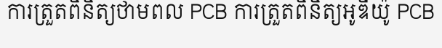
ការត្រួតពិនិត្យថាមពល PCB ការត្រួតពិនិត្យអូឌីយ៉ូ PCB